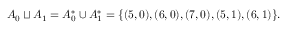
A _ { 0 } \sqcup A _ { 1 } = A _ { 0 } ^ { * } \cup A _ { 1 } ^ { * } = \{ ( 5 , 0 ) , ( 6 , 0 ) , ( 7 , 0 ) , ( 5 , 1 ) , ( 6 , 1 ) \} .